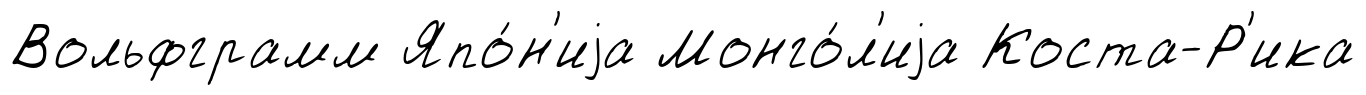
Вольфграмм Япо́н'иjа Монго́л'иjа Коста-Р'ика